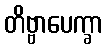
တိဗ္ဗာပေက္ခာ